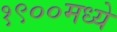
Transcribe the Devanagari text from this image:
१९००मध्ये